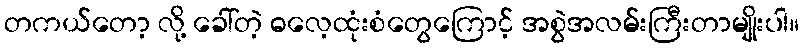
တကယ်တော့ လို့ ခေါ်တဲ့ ဓလေ့ထုံးစံတွေကြောင့် အစွဲအလမ်းကြီးတာမျိုးပါ။